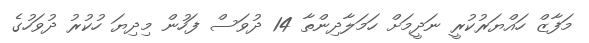
މަފާޒް ހައްޔަރުކުރީ ނަދީމަށް ހަމަލާދިންތާ 14 ދުވަސް ފަހުން މިދިޔަ ހުކުރު ދުވަހުގެ